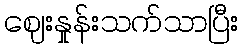
ဈေးနှုန်းသက်သာပြီး